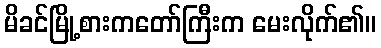
မိခင်မြို့စားကတော်ကြီးက မေးလိုက်၏။